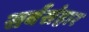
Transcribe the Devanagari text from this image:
सर्वसंहार